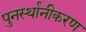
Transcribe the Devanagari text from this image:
पुनर्स्थानीकरण